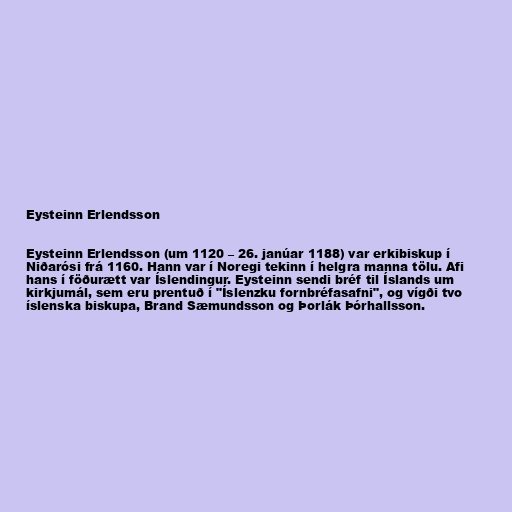
Eysteinn Erlendsson

Eysteinn Erlendsson (um 1120 – 26. janúar 1188) var erkibiskup í
Niðarósi frá 1160. Hann var í Noregi tekinn í helgra manna tölu. Afi
hans í föðurætt var Íslendingur. Eysteinn sendi bréf til Íslands um
kirkjumál, sem eru prentuð í "Íslenzku fornbréfasafni", og vígði tvo
íslenska biskupa, Brand Sæmundsson og Þorlák Þórhallsson.